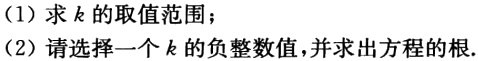
(1) 求 \(k\) 的取值范围；

(2) 请选择一个 \(k\) 的负整数值，并求出方程的根.